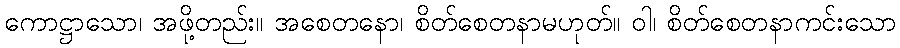
ကောဋ္ဌာသော၊ အဖို့တည်း။ အစေတနော၊ စိတ်စေတနာမဟုတ်။ ဝါ၊ စိတ်စေတနာကင်းသော